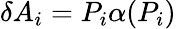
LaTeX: \delta A_{i}=P_{i}\alpha(P_{i})